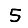
Digit: 5